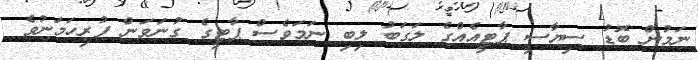
ނަމުން ބޮޑު ސިޔާސީ ޕާޓީއެއްގެ ލަގަބު ލިބި ނަމަވެސް ޕާޓީގެ ގުނަވަން ފުރިހަމަނުވެ